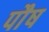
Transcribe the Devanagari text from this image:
पाैष